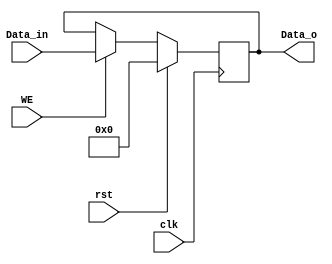
module reg_WE_32bits (input [31:0] Data_in, input clk,rst, WE,
                      output [31:0] Data_o);
reg [31:0] Data;
always @(posedge clk) begin 
    if (rst) Data<=0;
    else begin
        if (WE) Data<=Data_in;
        else Data<=Data;
    end
end
assign Data_o=Data;
endmodule